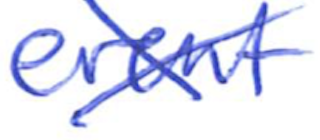
Text: event
Cross-out: cross
Writing tool: ballpoint